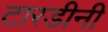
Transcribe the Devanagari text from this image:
टारडीनी